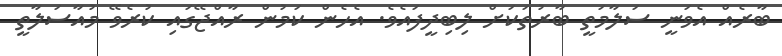
ބާރެއް އެވަނީ ސަލާމަތީ ބާރުތަކަށް ލިބިދީފައެވެ. އެހެން ކަމުން ރާއްޖޭގައި ކުރެވޭ މުއާސަލާތީ